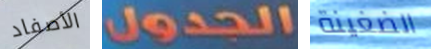
الأصفاد الجدول الضغينة